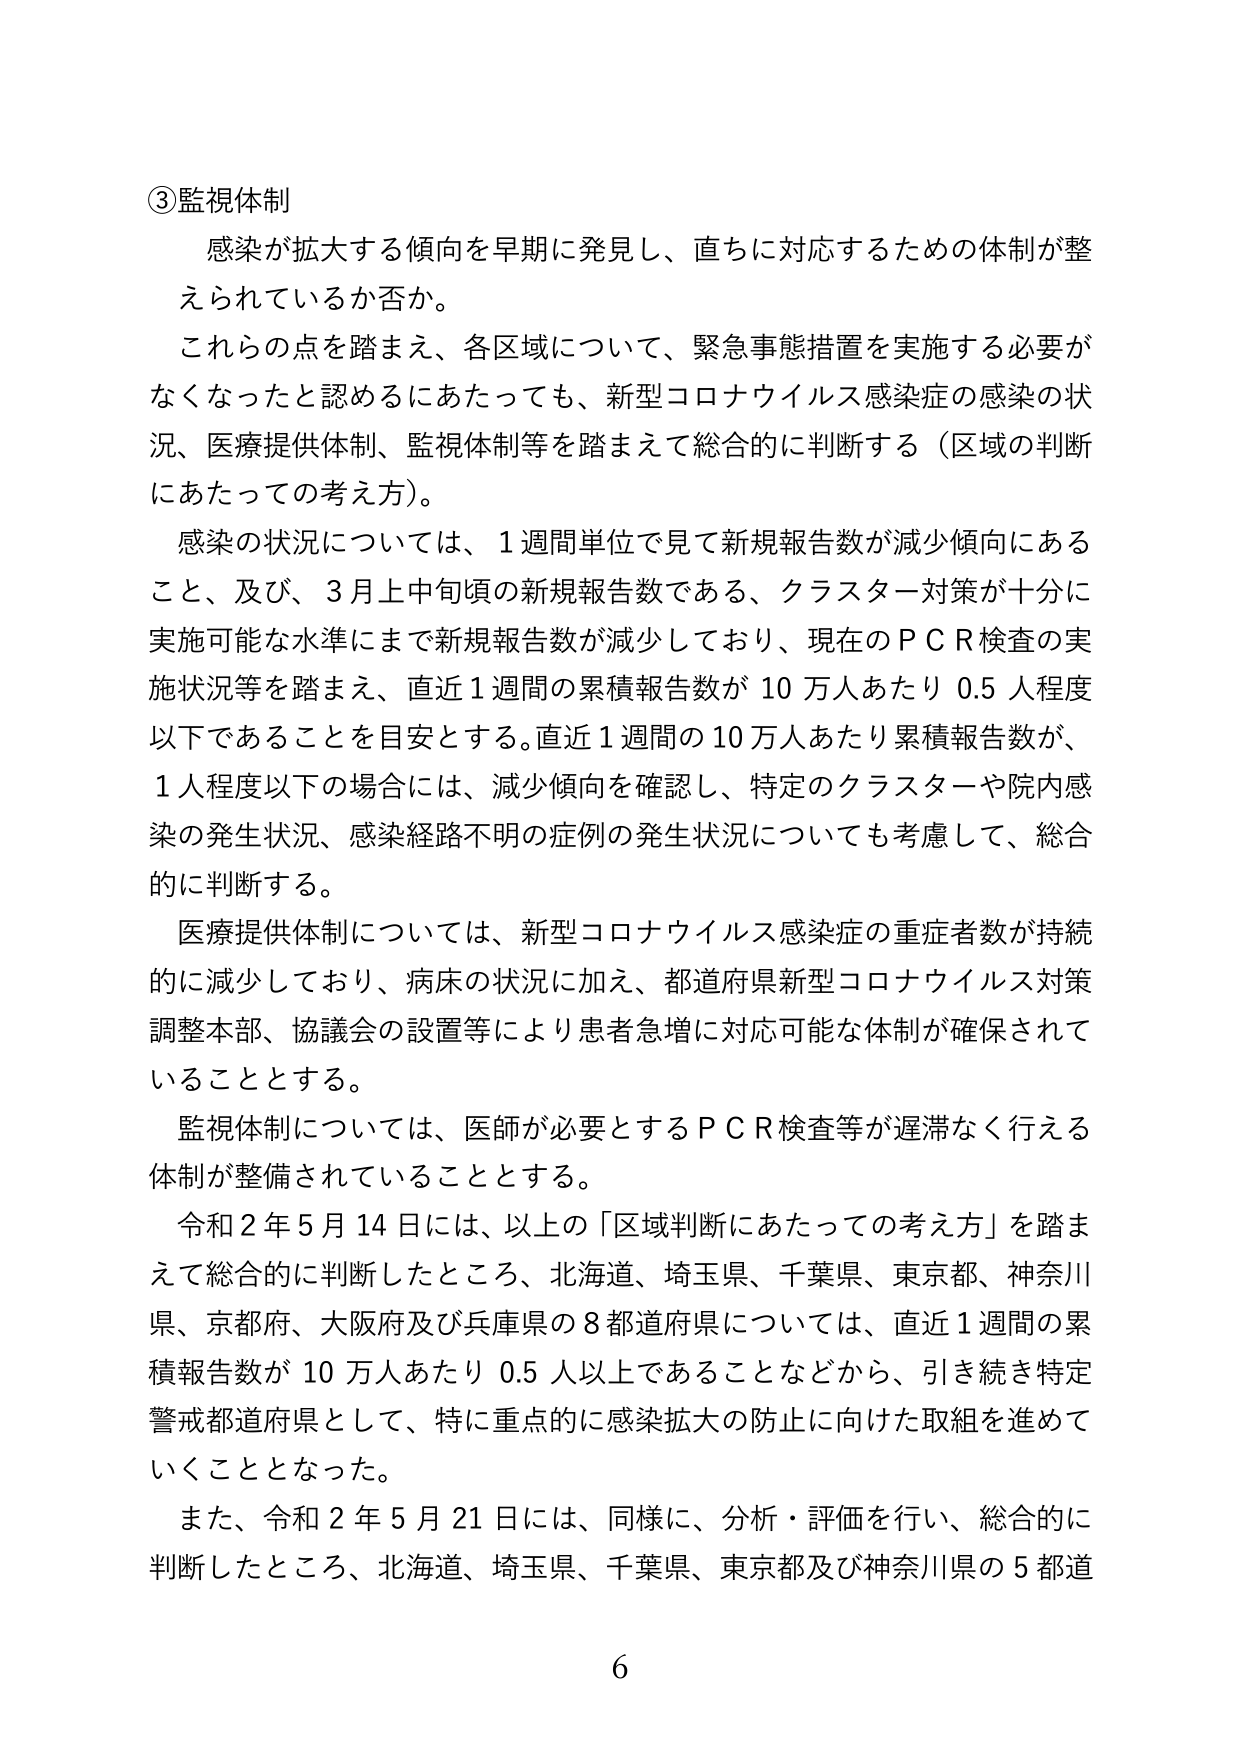
③監視体制
感染が拡大する傾向を早期に発見し、直ちに対応するための体制が整えられているか否か。
これらの点を踏まえ、各区域について、緊急事態措置を実施する必要がなくなったと認めるにあたっても、新型コロナウイルス感染症の感染の状況、医療提供体制、監視体制等を踏まえて総合的に判断する（区域の判断にあたっての考え方）。
感染の状況については、1週間単位で見て新規報告数が減少傾向にあること、及び、3月上旬頃の新規報告数である、クラスター対策が十分に実施可能な水準にまで新規報告数が減少しており、現在のＰＣＲ検査の実施状況等を踏まえ、直近1週間の累積報告数が10万人あたり0.5人程度以下であることを目安とする。直近1週間の10万人あたり累積報告数が、1人程度以下の場合には、減少傾向を確認し、特定のクラスターや院内感染の発生状況、感染経路不明の症例の発生状況についても考慮して、総合的に判断する。
医療提供体制については、新型コロナウイルス感染症の重症者数が持続的に減少しており、病床の状況に加え、都道府県新型コロナウイルス対策調整本部、協議会の設置等により患者急増に対応可能な体制が確保されていることとする。
監視体制については、医師が必要とするＰＣＲ検査等が遅滞なく行える体制が整備されていることとする。
令和2年5月14日には、以上の「区域判断にあたっての考え方」を踏まえて総合的に判断したところ、北海道、埼玉県、千葉県、東京都、神奈川県、京都府、大阪府及び兵庫県の8都道府県については、直近1週間の累積報告数が10万人あたり0.5人以上であることなどから、引き続き特定警戒都道府県として、特に重点的に感染拡大の防止に向けた取組を進めていくこととなった。
また、令和2年5月21日には、同様に、分析・評価を行い、総合的に判断したところ、北海道、埼玉県、千葉県、東京都及び神奈川県の5都道
6